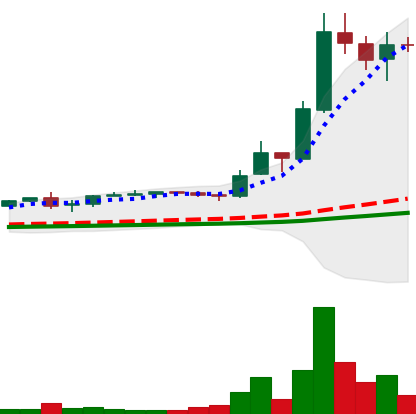
Ticker: LTC-USD
Chart end date: 2017-12-16
Forward return: 6.185%
Label: up_5_7